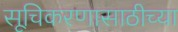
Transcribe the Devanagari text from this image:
सूचिकरणासाठीच्या